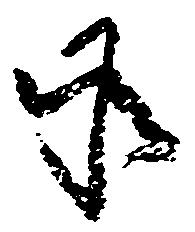
承